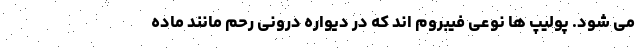
می شود. پولیپ ها نوعی فیبروم اند که در دیواره درونی رحم مانند ماده